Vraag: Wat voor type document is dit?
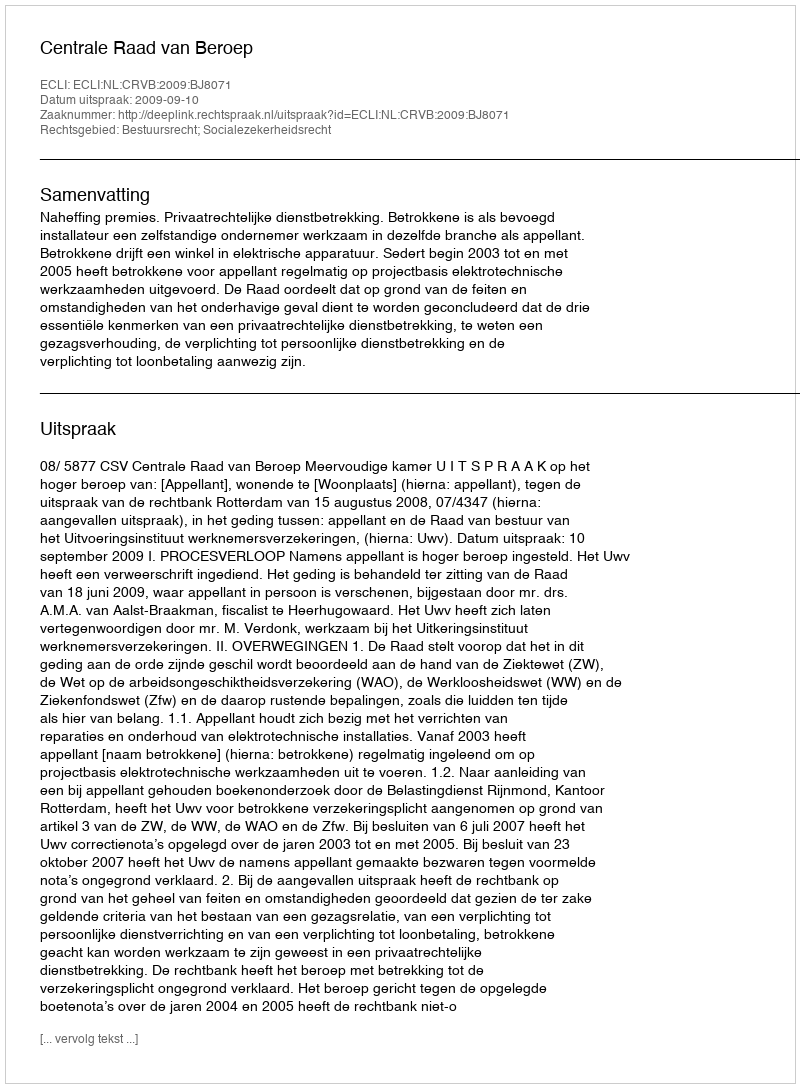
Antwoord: Uitspraak